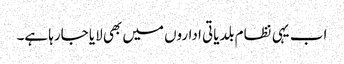
اب یہی نظام بلدیاتی اداروں میں بھی لایا جارہا ہے۔